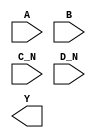
module sky130_fd_sc_hs__nor4bb (
    //# {{data|Data Signals}}
    input  A  ,
    input  B  ,
    input  C_N,
    input  D_N,
    output Y
);

    // Voltage supply signals
    supply1 VPWR;
    supply0 VGND;

endmodule